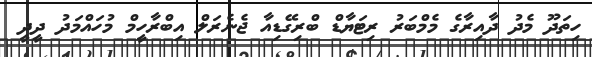
ހިތަދޫ މެދު ދާއިރާގެ މެމްބަރު ރިޓަޔާޑް ބްރިގޭޑިއާ ޖެނެރަލް އިބްރާހީމް މުހައްމަދު ދީދީ